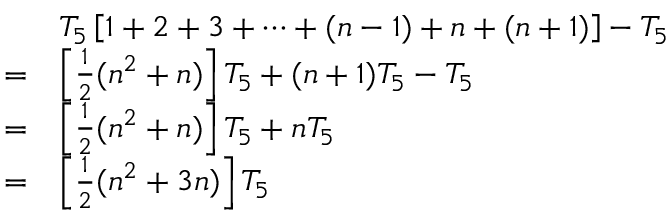
{ \begin{array} { r l } & { T _ { 5 } \left[ 1 + 2 + 3 + \cdots + ( n - 1 ) + n + ( n + 1 ) \right] - T _ { 5 } } \\ { = } & { \left[ { \frac { 1 } { 2 } } ( n ^ { 2 } + n ) \right] T _ { 5 } + ( n + 1 ) T _ { 5 } - T _ { 5 } } \\ { = } & { \left[ { \frac { 1 } { 2 } } ( n ^ { 2 } + n ) \right] T _ { 5 } + n T _ { 5 } } \\ { = } & { \left[ { \frac { 1 } { 2 } } ( n ^ { 2 } + 3 n ) \right] T _ { 5 } } \end{array} }